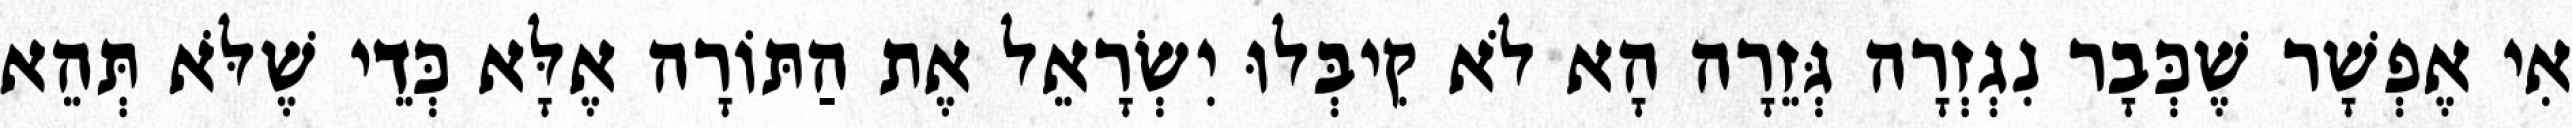
אִי אֶפְשָׁר שֶׁכְּבָר נִגְזְרָה גְּזֵרָה הָא לֹא קִיבְּלוּ יִשְׂרָאֵל אֶת הַתּוֹרָה אֶלָּא כְּדֵי שֶׁלֹּא תְּהֵא